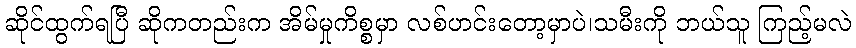
ဆိုင်ထွက်ရပြီ ဆိုကတည်းက အိမ်မှုကိစ္စမှာ လစ်ဟင်းတော့မှာပဲ၊သမီးကို ဘယ်သူ ကြည့်မလဲ